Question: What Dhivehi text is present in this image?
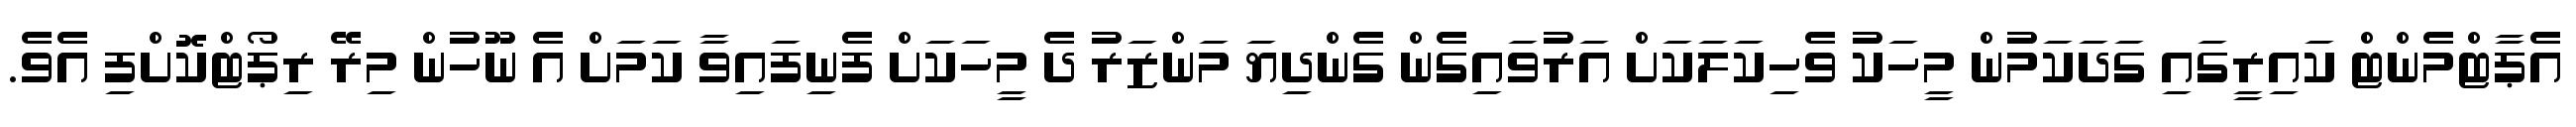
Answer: އެޕާޓްމެންޓް ކައިރީގައި ގަދަކަމުން މީހަކު ވެހިކަލަކަށް އަރުވައިގެން ގެންދިޔަ މަންޒަރު ދެ މީހަކަށް ފެނިފައިވާ ކަމަށް އެ ނޫހުން މިރޭ ރިޕޯޓްކޮށްފި އެވެ.